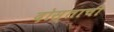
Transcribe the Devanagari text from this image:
दोस्ताची